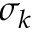
\sigma _ { k }